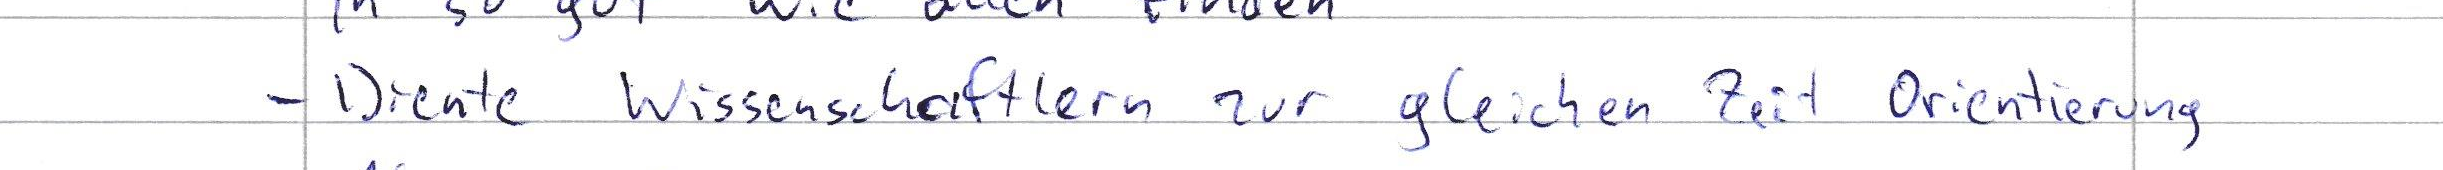
- Diente Wissenschaftlern zur gleichen Zeit Orientierung